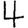
Digit: 4